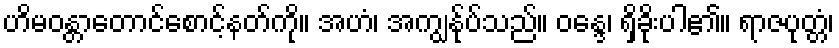
ဟိမဝန္တာတောင်စောင့်နတ်ကို။ အဟံ၊ အကျွန်ုပ်သည်။ ဝန္ဒေ၊ ရှိခိုးပါ၏။ ရာဇပုတ္တံ၊